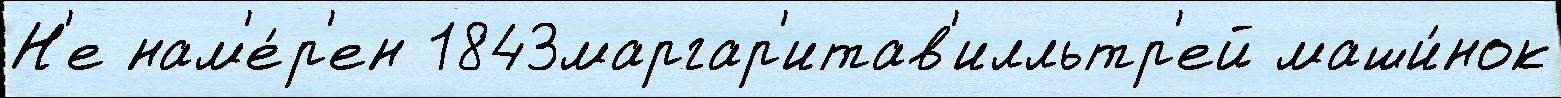
Н'е нам'е́р'ен 1843маргар'итав'илльтр'ей маши́нок